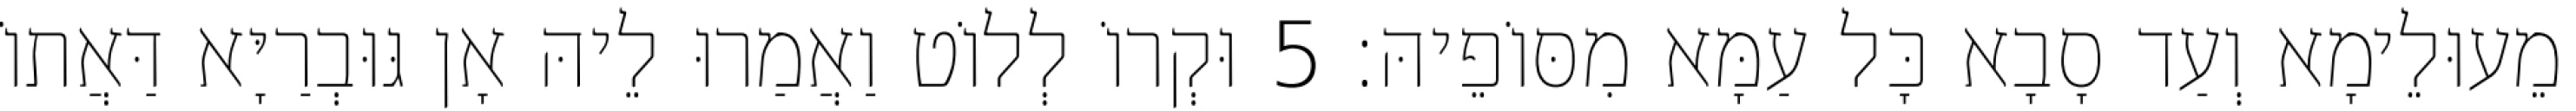
מֵעוּלֵימָא וְעַד סָבָא כָּל עַמָּא מִסּוֹפֵיהּ׃ 5 וּקְרוֹ לְלוֹט וַאֲמַרוּ לֵיהּ אָן גּוּבְרַיָּא דַּאֲתוֹ